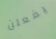
يفعلن